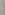
(